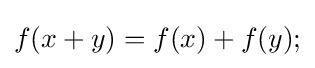
\textstyle f(x+y)=f(x)+f(y);